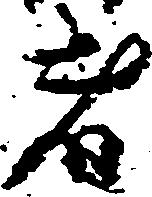
者